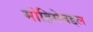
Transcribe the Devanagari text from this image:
मोहिमेबद्दल